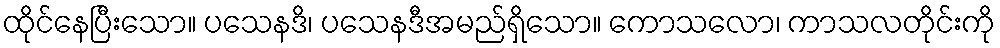
ထိုင်နေပြီးသော။ ပသေနဒိ၊ ပသေနဒီအမည်ရှိသော။ ကောသလော၊ ကာသလတိုင်းကို